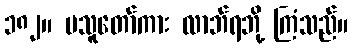
၁၈၂။ မသူတော်ကား လာဘ်ရဘို့ ကြံသည်။